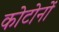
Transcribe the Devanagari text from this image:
कोटोनों